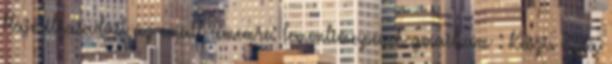
Hajnalhasadást az email címemre: lemonlime.peach gmail.com : Köszi. Szia